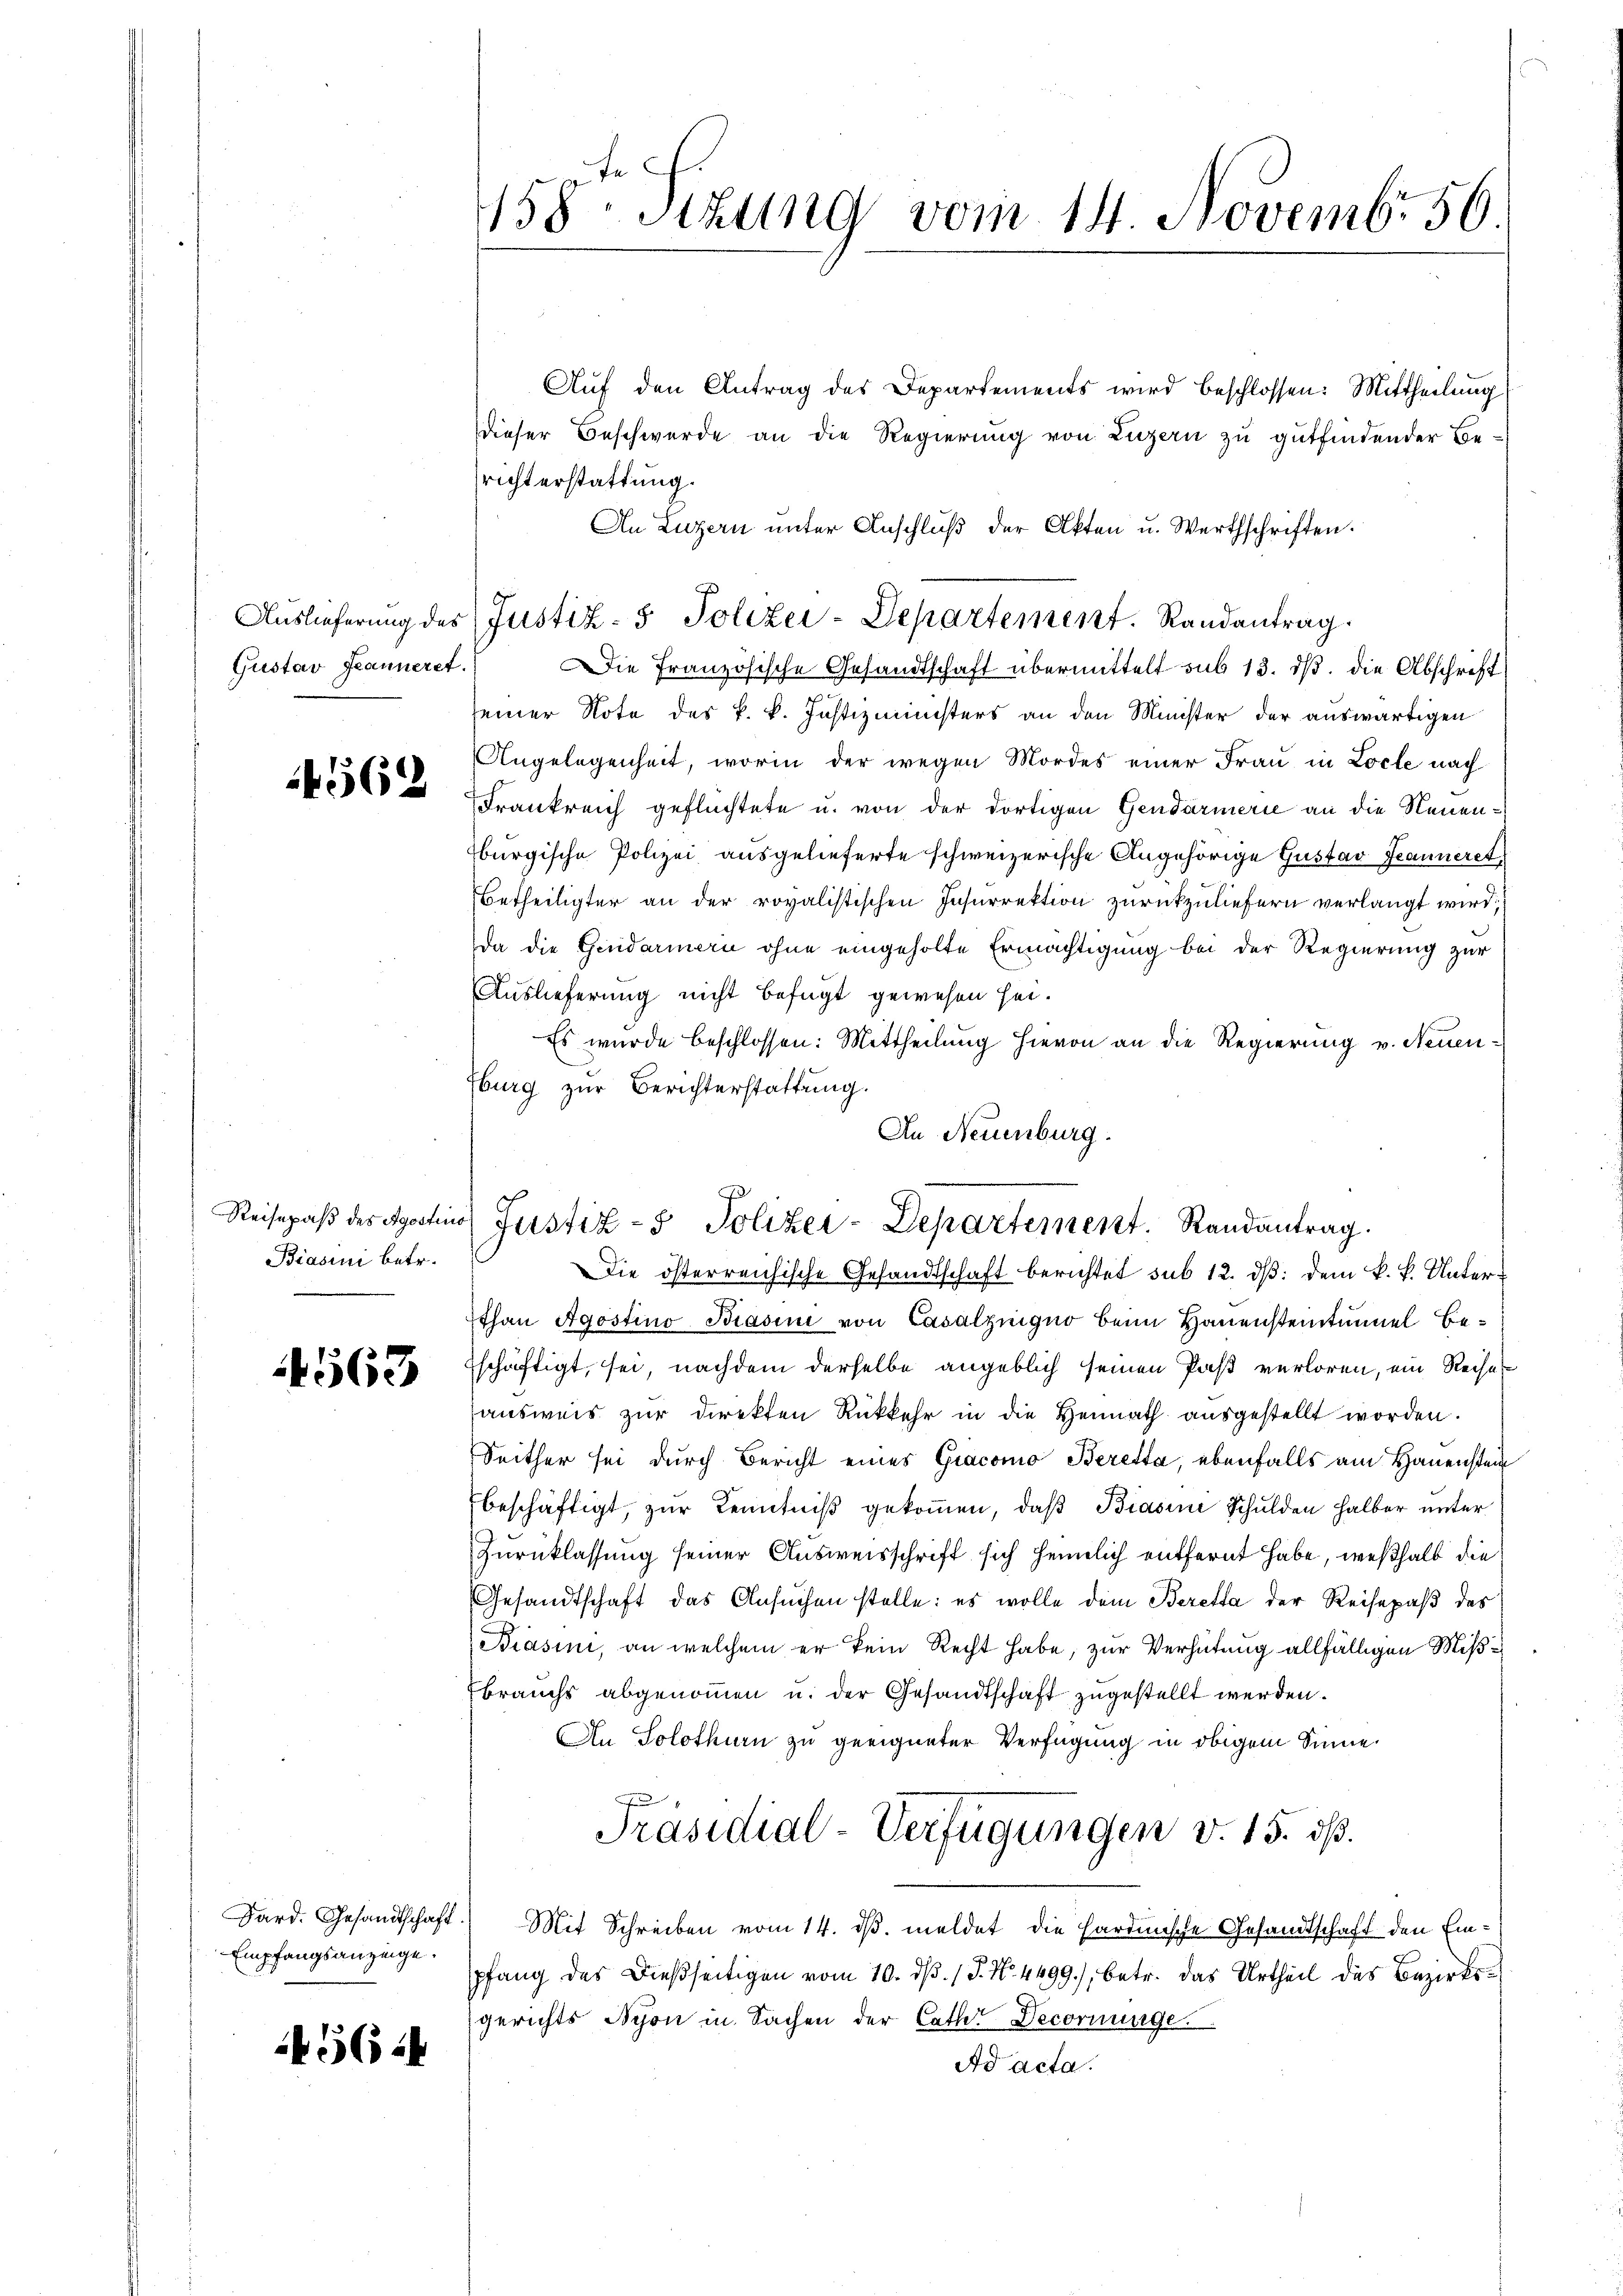
Gustav Jeanneret.

4562

Biasini betr.

563

Empfangsanzeige.

45644

Auf den Antrag des Departements wird beschlossen: Mittheilung
dieser Beschwerde an die Regierung von Luzern zu gutfindender Besrichterstattung.
An Luzern unter Anschlŭβ der Akten u. Werthschriften.
Auslieferung des Justiz- & Polizei-Departement. Randantrag
Die Französische Gesandtschaft übermittelt sub 13. ds. die Abschrift
seiner Note des k. k. Justizministers an den Minister der auswärtigen
Angelegenheit, worin der wegen Mordes einer Frau in Loche nach
Frankreich geflüchtete u. von der dortigen Gendarmerie an die Neuenburgische Polizei ausgelieferte schweizerische Angehörige Gustav Geanneret
Betheiligter an der royalistischen Insurrektion zurückzuliefern verlangt wird;
Da die Gendarmern ohne eingeholte Ermächtigung bei der Regierung zur
Auslieferung nicht befugt gewesen sei.
Es wurde beschlossen: Mittheilung hievon an die Regierung v. Neuen¬
Eburg zur Berichterstattung.
Die österreichische Gesandtschaft berichtet sub 12. dß: dem k. k. Unterthan Agostino Brasini von Casalznigno beim Hauensteintunnel Betschäftigt, sei, nachdem derselbe angeblich seinen Paß verloren, ein Reiher
ausweis zur Direkten Rükkehr in die Heimath ausgestellt worden.
Seither sei durch Bericht eines Giacomo Beretta, ebenfalls am Hauenstein
beschäftigt, zŭr Kenntniß gekoṁen, daβ Biasine Schulden halber unter
Zurücklassung seiner Ausweisschrift sich heimlich entfernt habe, weßhalb die
Gesandtschaft das Ansuchen stelle: es wolle dem Beretta der Reisepaß des
Brasini, an welchem er kein Recht habe, zur Verhütung allfälligen Mißi
brauchs abgenommen u. der Gesandtschaft zugestellt werden.
An Solothurn zu geeigneter Verfügung in obigem Sinne
Präsidial-Verfügungen v. 15. dß.
Dard. Gesandtschaft Mit Schreiben vom 14. dβ. meldet die Hardinische Gesandtschaft den Einpfang des Dießseitigen vom 10. d. J. No. 4499), betr. das Urtheil des Bezirksgerichts Nyon in Sachen der Cathe Decornunge
Ad acta.

458 Sizung vom 14. Novembr 56

An Neuenburg.
Reisepaß des Apostis Justiz- & Polizei-Departement. Randantrag.